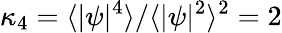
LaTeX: \kappa_{4}=\langle|\psi|^{4}\rangle/\langle|\psi|^{2}\rangle^{2}=2